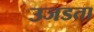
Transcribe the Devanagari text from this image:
उजडता